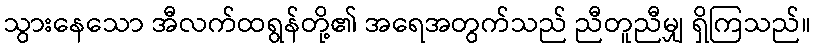
သွားနေသော အီလက်ထရွန်တို့၏ အရေအတွက်သည် ညီတူညီမျှ ရှိကြသည်။